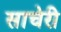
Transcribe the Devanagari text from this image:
साचेरी